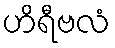
ဟိရီဗလံ